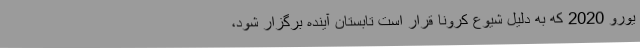
یورو 2020 که به دلیل شیوع کرونا قرار است تابستان آینده برگزار شود،